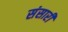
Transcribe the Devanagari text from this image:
संसारीं